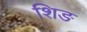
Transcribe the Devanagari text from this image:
शिङ